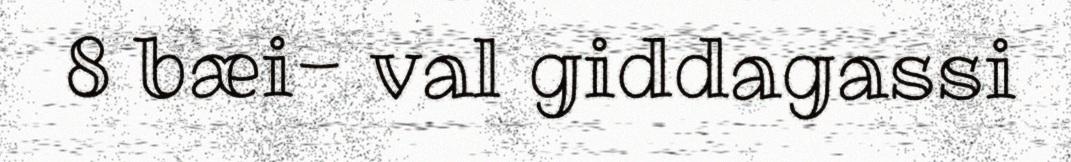
8 bæi- val giddagassi